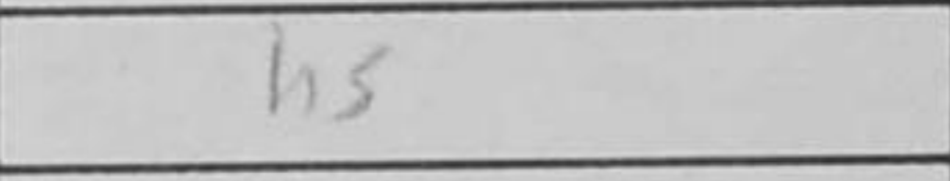
Transcription: h5